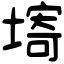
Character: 𡏾